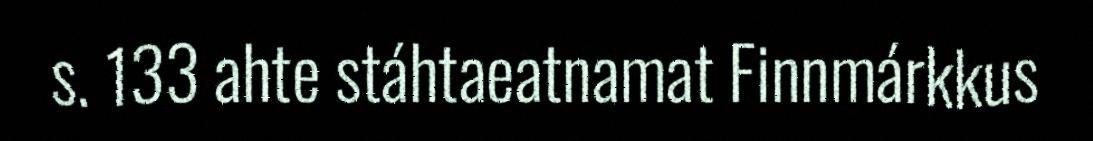
s. 133 ahte stáhtaeatnamat Finnmárkkus